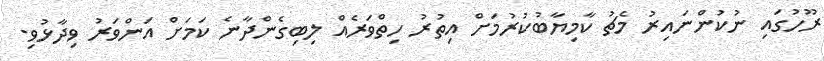
ރޫހުގައި ނުކުންނައިރު މެޗު ކާމިޔާބުކުރުމަށް އިތުރު ހިތްވަރެއް ލިބިގެންދާނެ ކަމަށް އަންވަރު ވިދާޅުވި.